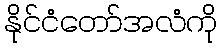
နိုင်ငံတော်အလံကို